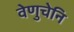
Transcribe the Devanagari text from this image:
वेणुचेनि